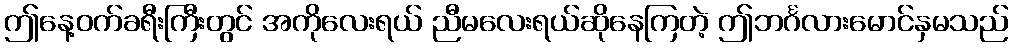
ဤနေ့ဝက်ခရီးကြီးတွင် အကိုလေးရယ် ညီမလေးရယ်ဆိုနေကြတဲ့ ဤဘင်္ဂလားမောင်နှမသည်